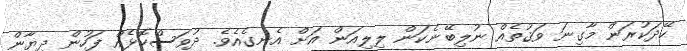
ހޭދަކުރަން މާގިނަ ވަޤުތެއް ނުލިބޭނެކަން ލިލިއަން އަށް އެނގެއެވެ. ދުވަސްކޮޅެއް ފަހުން ދިޔާން